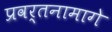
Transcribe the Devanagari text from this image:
प्रवर्तनामागे